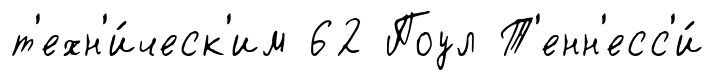
т'ехн'и́ческ'им 62 Поул Т'енн'есс'и́